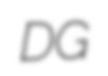
DG